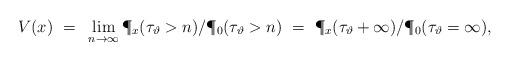
LaTeX: \begin{align*}V(x) ~=~ \lim_{n\to\infty} {\P_x(\tau_\vartheta > n)}/{\P_0(\tau_\vartheta > n)} ~=~ {\P_x(\tau_\vartheta + \infty)}/{\P_0(\tau_\vartheta = \infty)}, \end{align*}